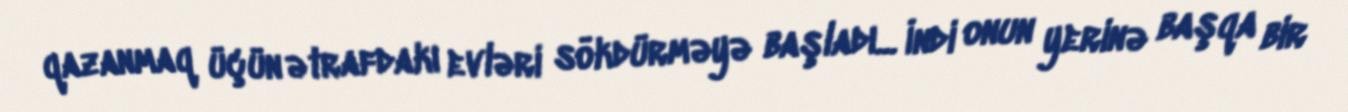
qazanmaq üçün ətrafdakı evləri sökdürməyə başladı... İndi onun yerinə başqa bir